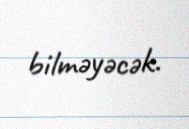
bilməyəcək.